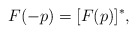
\begin{align*} F(-p)=[F(p)]^*, \end{align*}